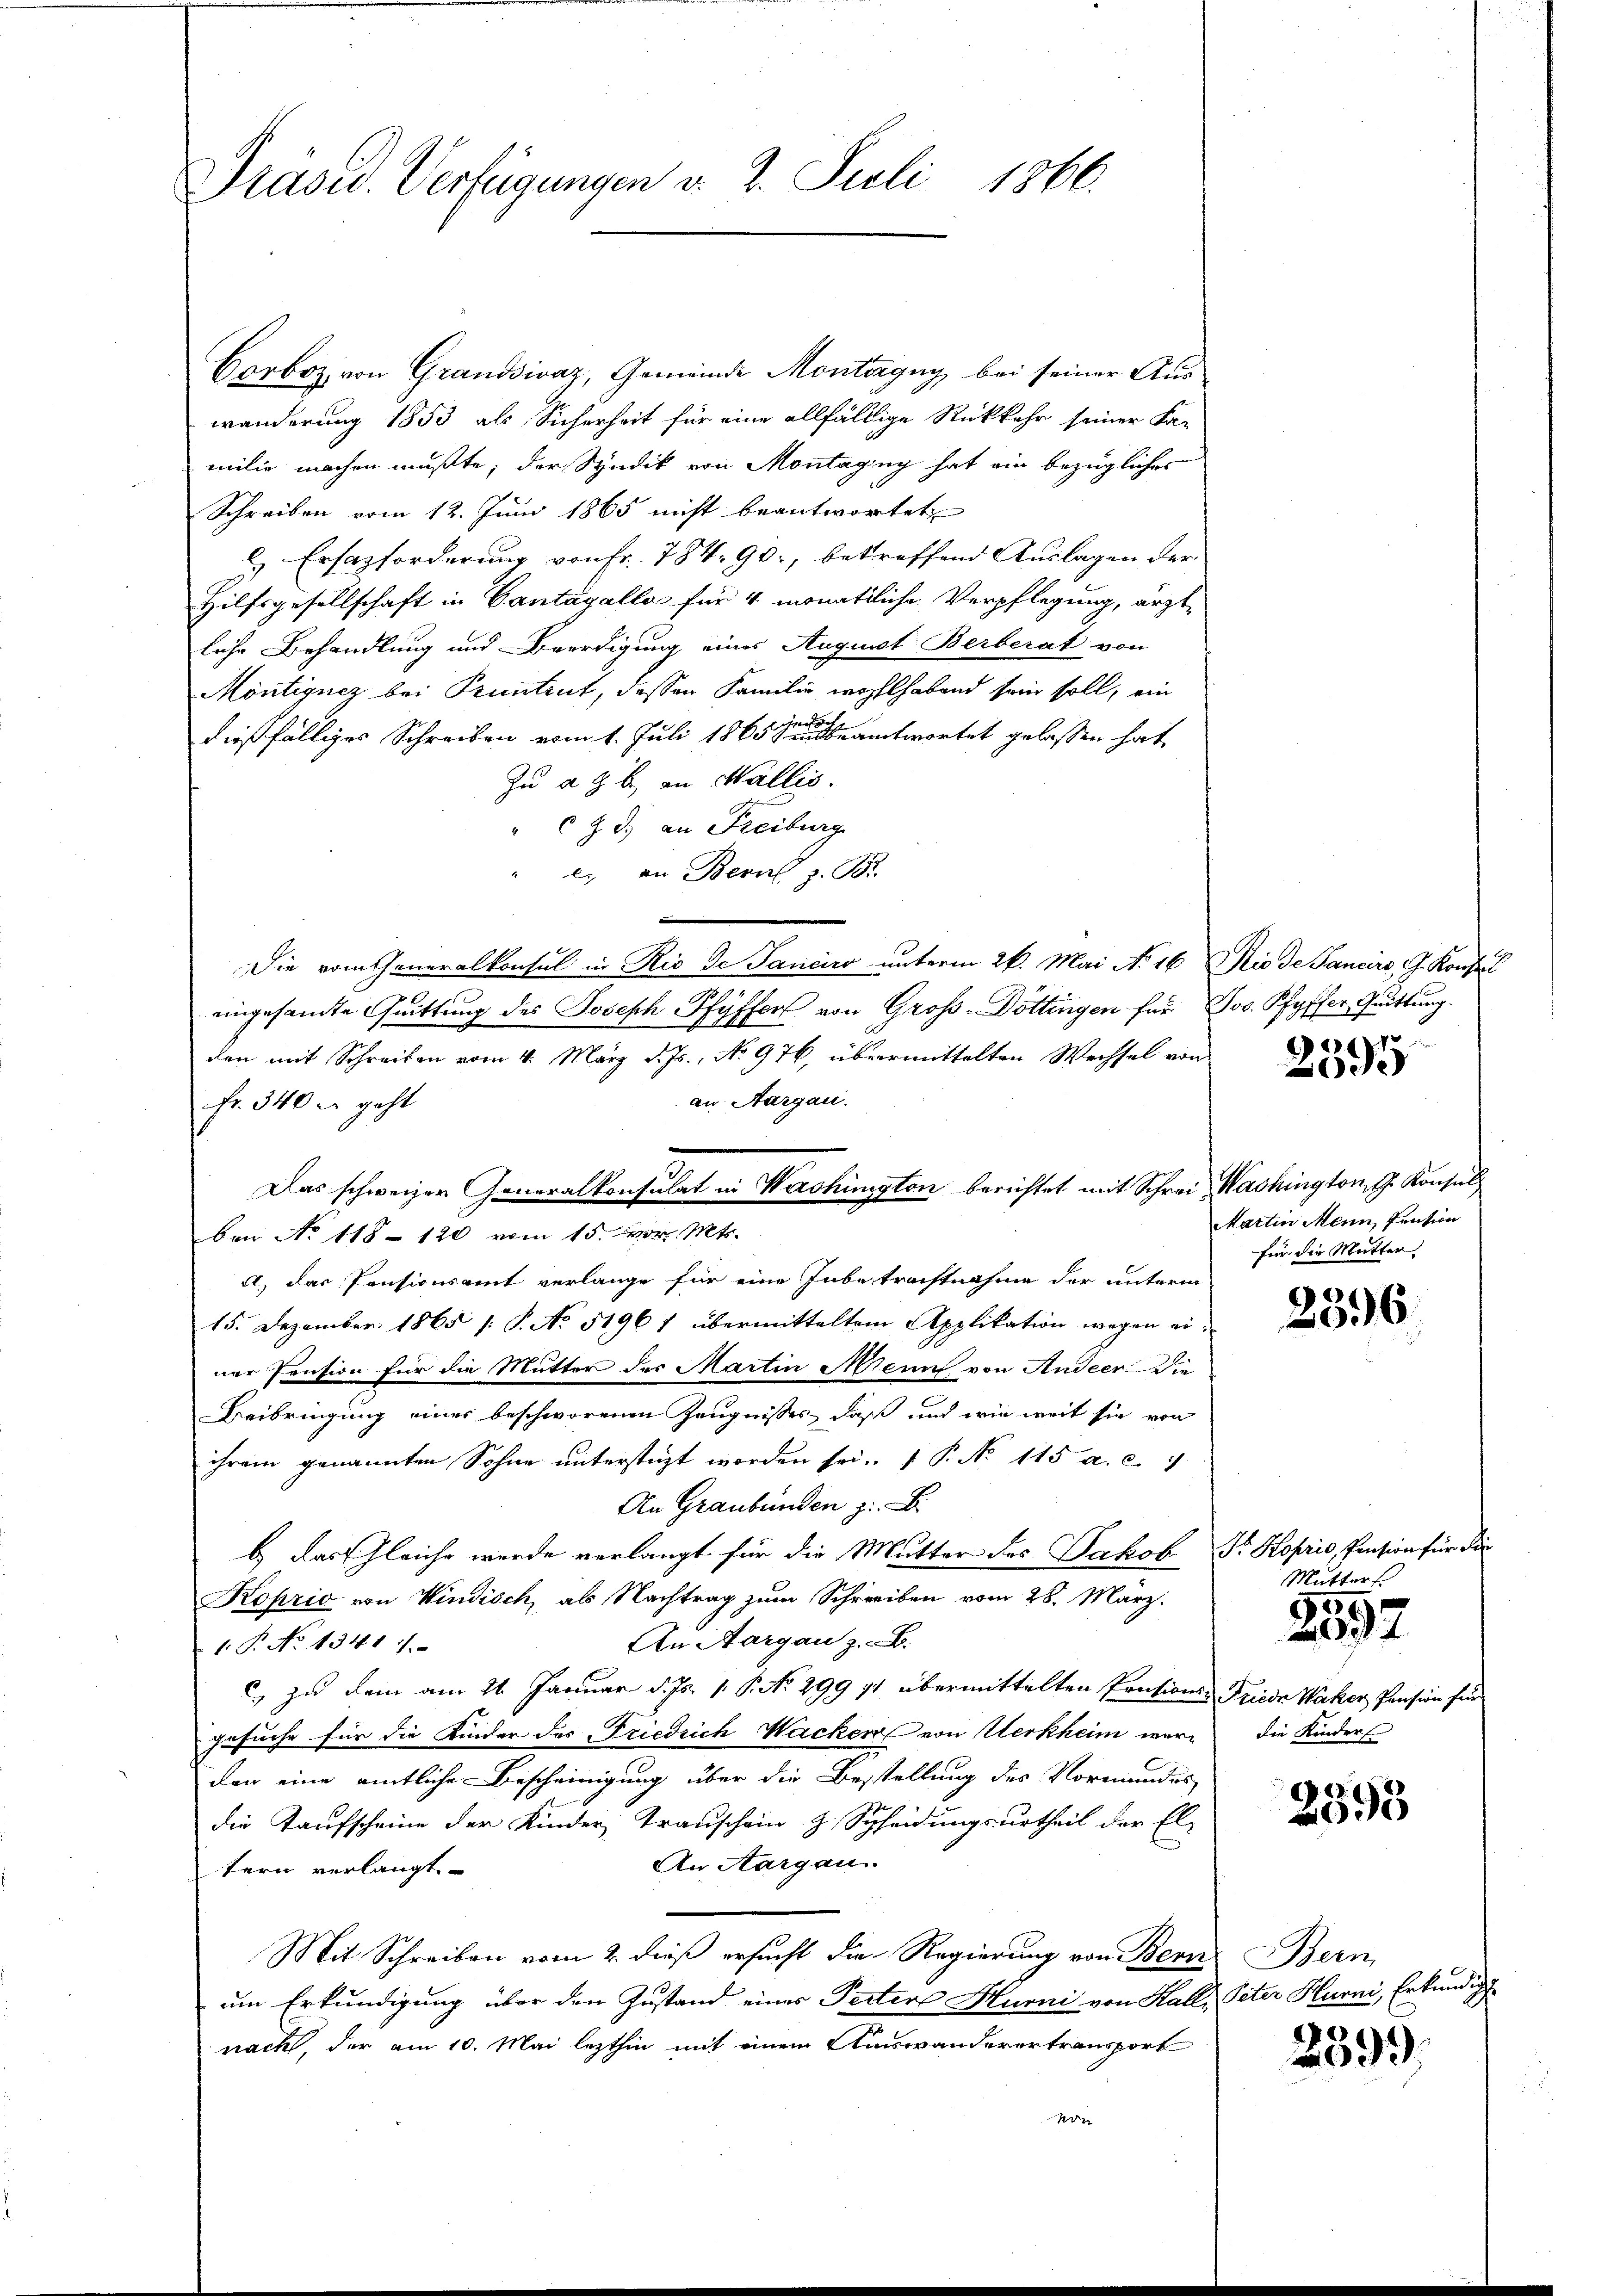
Präsid. Verfügungen v. 2. Juli 1866.

Corboz, von Grandsivaz, Gemeinde Montagny bei seiner Auswänderung 1853 als Sicherheit für eine allfällige Rückkehr seiner Fa-
milie machen mußte, der Syndik von Montagug hat ein bezügliches
Schreiben vom 12. Juni 1865 nicht beantwortet
l. Ersatzforderung von fr. 784. 90, betreffend Auslagen der
Hilfsgesellschaft in Cantagalla für 4 monatliche Verpflegung, ärztliche Behandlung und Beerdigung eines August Berberat von
Möntignez bei Pruntrut, dessen Familie wohlhabend sein soll, ein
dießfälliges Schreiben vom 1. Juli 1865 eine antwortet gelassen hat,
Zu a z. B. an Wallis.
" CZ. d. an Freiburg
c. an Bern z. B.
Die vom Generalkonsul in Rio de Sanciro unterm 26. Mai No 16 Nio de Janaro, G. Konsul
eingesamte Quittung des Joseph Pfyffer von Gross-Döttingen für Jos. Pfyffer Quittung.
den mit Schreiben vom 4. März d. Js., No 976, übermittelten Wechsel von
an Aargau.
Fr. 340 er geht
ben No 118 - 120 vom 15. vor. Mts.
A.) Das Pensionsamt verlange für eine Inbetrachtnahme der unterm
15. Dezember 1865 /: P. No 51967 übermitteltem Applikation wegen einer Pension für die Mutter des Martin Menn von Andeer die
Beibringung einer beschworenen Zeugnisses, daß und wie weit sie von
ihrem genannten Sohne unterstüzt worden sei. P. No 115 a. c. 1
An Graubünden z. B.
b. Last gleiche wurde verlangt für die Mutter des Jakob Dr. Koprio, Pension für die
Koprio von Windisch, als Nachtrag zum Schreiben vom 28. März.
An Aargau z. B.
1.P. No 1341).
c zu dem am 21. Januar d. Js. 1. P. No. 299 11 übermittelten Pontions- Friede Wacker, Pension für
gesuche für die Kinder des Friedrich Wacken von Werkheim werden eine amtliche Bescheinigung über die Bestellung des Vormundes
die Kaufscheine der Kinder, Trauschein z. Scheidungsurtheil der El-
An Aargau.
tern verlangt
Mit Schreiben vom 2. dieß ersucht die Regierung von Bern
um Erkundigung über den Zustand eines Pecter Hurni von Kall, Peter Hurni, Erkundigu
nack, der am 10. Mai lezthin mit einem Auswanderertransport
n

Das schweizer Generalkonsulat in Wachinigten berichtet mit Schrei Washington, G. Konsul

e
ie

Martin Mann, Pension
für die Mutter

¬
096.

Mutter
die Kinders

6
202

.
695

Bern

2899.